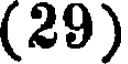
(29)